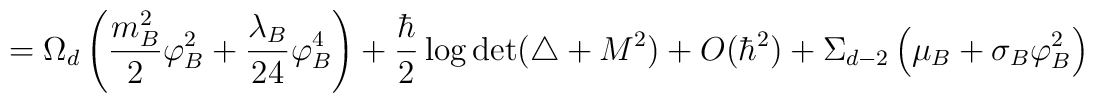
=\Omega _d\left({m_B^2 \over 2}\varphi _B ^2 +{\lambda _B \over 24} \varphi _B^4\right)+{\hbar \over 2}\log\det (\triangle +M^2)+O(\hbar ^2)+\Sigma_{d-2}\left(\mu _B+\sigma _B \varphi _B^2 \right)